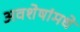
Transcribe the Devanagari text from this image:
अवशेषांमधे